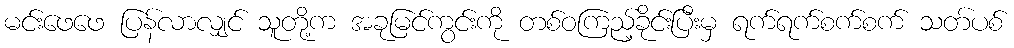
မင်းဖေဖေ ပြန်လာလျှင် သူတို့က အခုမြင်ကွင်းကို တစ်ဝကြည့်ခိုင်းပြီးမှ ရက်ရက်စက်စက် သတ်ပစ်